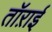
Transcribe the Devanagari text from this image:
तॉऱाई